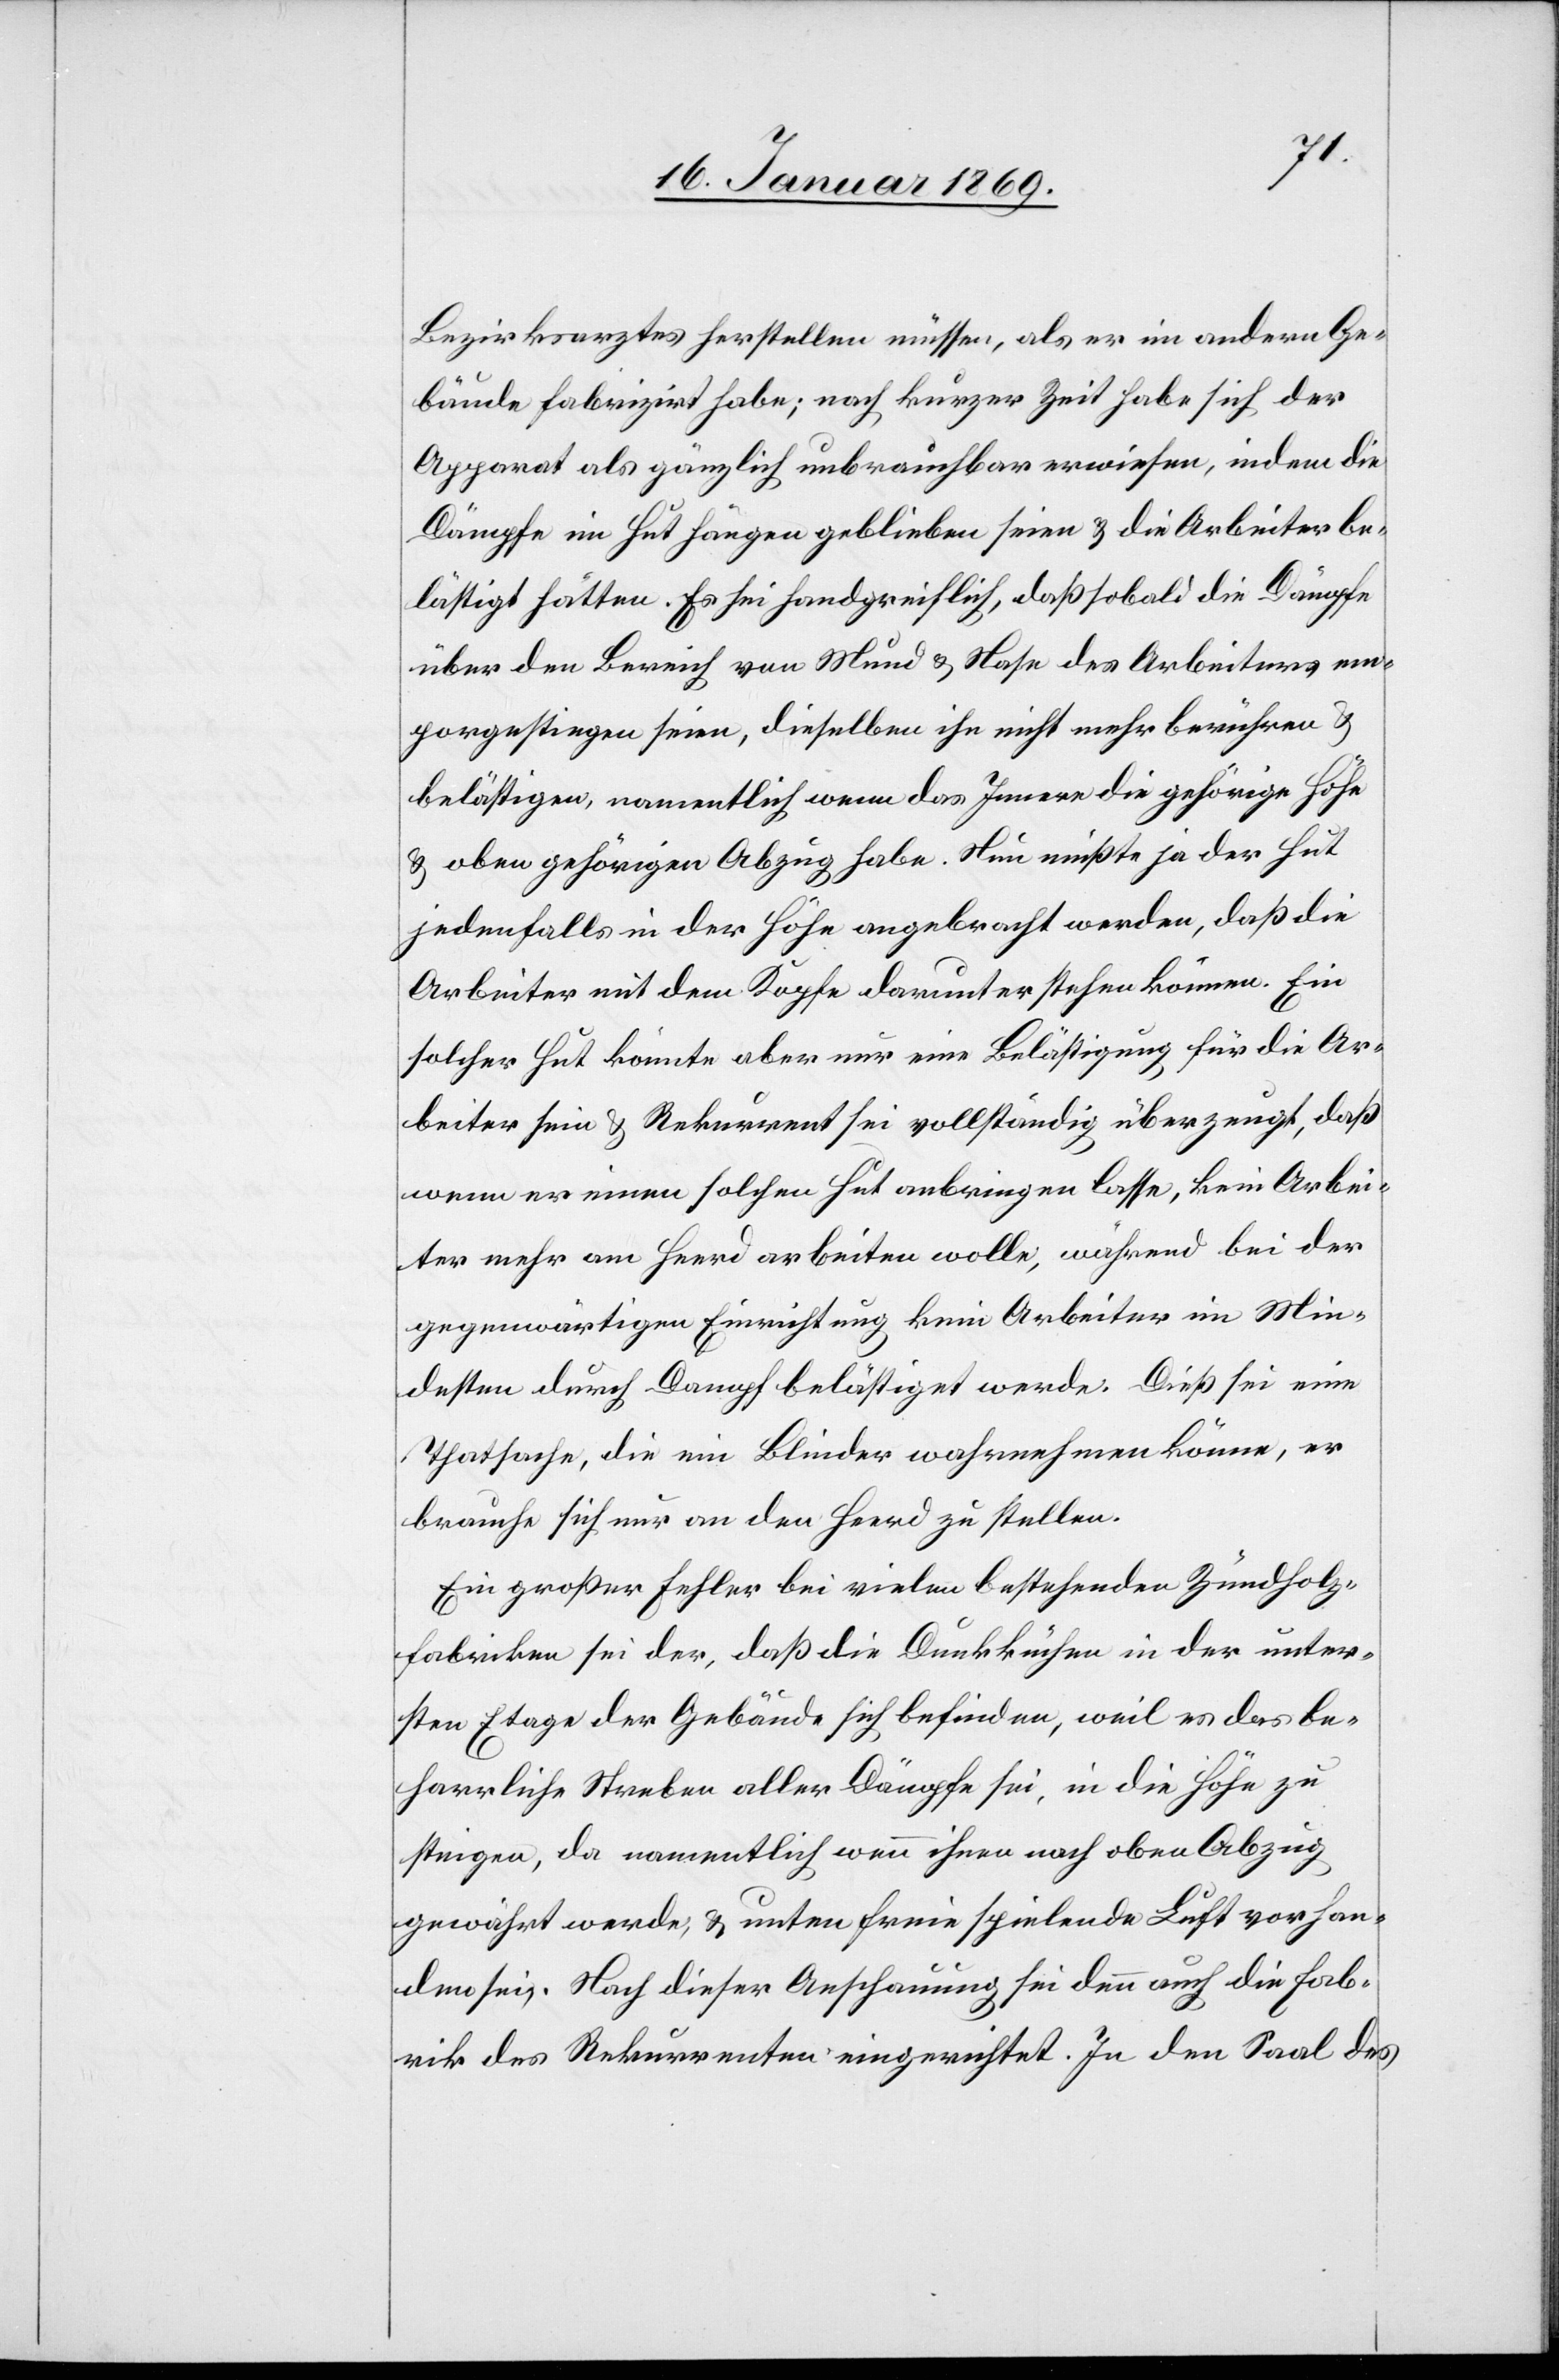
Bezirksarztes herstellen müssen, als er in andern Ge¬
bäuden fabrizirt habe; nach kurzer Zeit habe sich der
Apparat als gänzlich unbrauchbar erwiesen, indem die
Dämpfe im Hut hängen geblieben seien u. die Arbeiter be¬
lästigt hätten. Es sei handgreiflich, daß sobald die Dämpfe
über den Bereich von Mund u. Nase des Arbeiters em¬
porgestiegen seien, dieselben ihn nicht mehr berühren u.
belästigen, namentlich wenn das Innere die gehörige Höhe
u. oben gehörigen Abzug habe. Nun müßte ja der Hut
jedenfalls in der Höhe angebracht werden, daß die
Arbeiter mit dem Kopfe darunter stehen können. Ein
solcher Hut könnte aber nur eine Belästigung für die Ar¬
beiter sein u. Rekurrent sei vollständig überzeugt, daß
wenn er einen solchen Hut anbringen lasse, kein Arbei¬
ter mehr am Heerd arbeiten wolle, während bei der
gegenwärtigen Einrichtung kein Arbeiter im Min¬
desten durch Dampf belästigt werde. Dieß sei eine
Thatsache, die ein Blinder wahrnehmen könne, er
brauche sich nur an den Heerd zu stellen.
Ein großer Fehler bei vielen bestehenden Zündholz¬
fabriken sei der, daß die Dunkküchen in der unter¬
sten Etage der Gebäude sich befinden, weil es das be¬
harrliche Streben aller Dämpfe sei, in die Höhe zu
steigen, da namentlich wenn ihnen nach oben Abzug
gewährt werde, u. unten freie spielende Luft vorhan¬
den sei. Nach dieser Anschauung sei denn auch die Fab¬
rik des Rekurrenten eingerichtet. In den Saal des